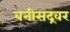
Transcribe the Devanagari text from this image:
बनीसद्रवर